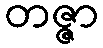
တဇ္ဇာ